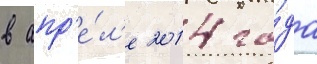
в апр'е́л'е 2014 го́да